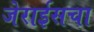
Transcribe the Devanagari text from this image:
जेराईसचा